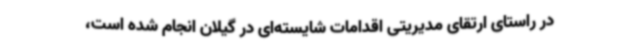
در راستای ارتقای مدیریتی اقدامات شایسته‌ای در گیلان انجام شده است،